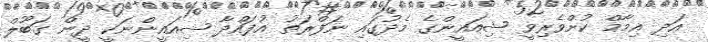
އަދި އިމާމް ކުށްވެރިވީ ޝިއައީންގެ މެދުގައި ނަފްރަތު އުފައްދާ ޝިއައީންނަކީ ދީން ގަބޫލް